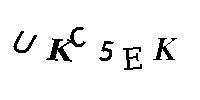
UKC5EK